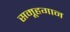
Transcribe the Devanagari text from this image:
समूहगान